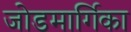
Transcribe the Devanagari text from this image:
जोडमार्गिका